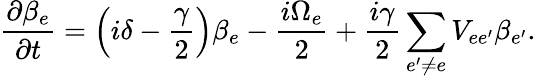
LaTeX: \frac{\partial\beta_{e}}{\partial t}=\left(i\delta-\frac{\gamma}{2}\right)\beta_{e}-\frac{i\Omega_{e}}{2}+\frac{i\gamma}{2}\sum_{e^{\prime}\neq e}V_{ee^{\prime}}\beta_{e^{\prime}}.